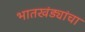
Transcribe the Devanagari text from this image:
भातखंड्यांचा